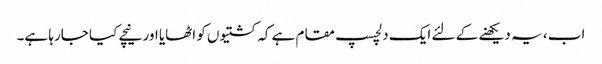
اب ، یہ دیکھنے کے لئے ایک دلچسپ مقام ہے کہ کشتیوں کو اٹھایا اور نیچے کیا جارہا ہے۔